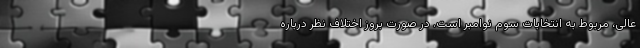
عالی، مربوط به انتخابات سوم نوامبر است. در صورت بروز اختلاف نظر درباره